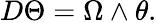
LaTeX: D\Theta=\Omega\wedge\theta.